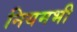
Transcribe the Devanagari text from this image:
नियमभी